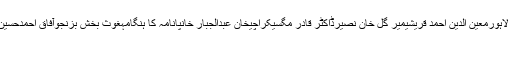
پٹھان کوٹ ائیربیس حملہبلوچستاناسحاق ڈارلیاقت علی خانہاکیماسکوسانحہ گلشن اقبال لاہورمعین الدین احمد قریشیمیر گل خان نصیرڈاکٹر قادر مگسیکراچیخان عبدالجبار خانپانامہ کا ہنگامہغوث بخش بزنجوآفاق احمدحسین نواز شریفصحافیوں کی پاکستان فیڈرل یونین پی سی بیجنید جمشیدسید مصطفی کمال
نیویارک ۔